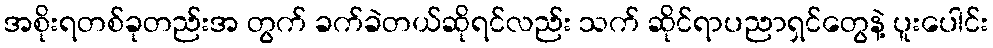
အစိုးရတစ်ခုတည်းအ တွက် ခက်ခဲတယ်ဆိုရင်လည်း သက် ဆိုင်ရာပညာရှင်တွေနဲ့ ပူးပေါင်း